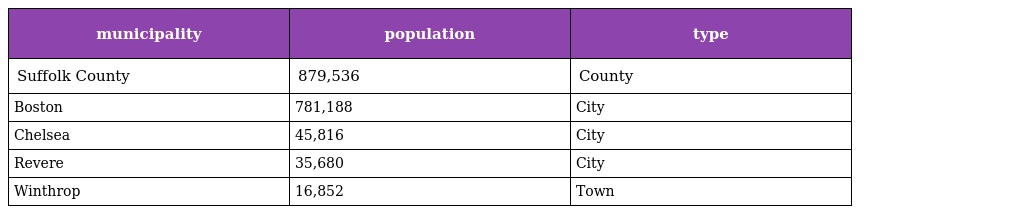
| municipality | population | type |
 | --- | --- | --- |
 | Suffolk County | 879,536 | County |
 | Boston | 781,188 | City |
 | Chelsea | 45,816 | City |
 | Revere | 35,680 | City |
 | Winthrop | 16,852 | Town |